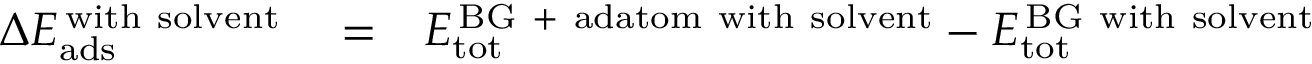
\begin{array} { r l r } { \Delta E _ { \mathrm { a d s } } ^ { \mathrm { \, w i t h \ s o l v e n t } } } & { { } = } & { E _ { \mathrm { t o t } } ^ { \mathrm { \, B G \ + \ a d a t o m \ w i t h \ s o l v e n t } } - E _ { \mathrm { t o t } } ^ { \mathrm { \, B G \ w i t h \ s o l v e n t } } } \end{array}